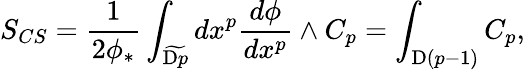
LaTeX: S_{CS}=\frac{1}{2\phi_{*}}\int_{\widetilde{\mathrm{D}p}}dx^{p}\frac{d\phi}{dx^{p}}\wedge C_{p}=\int_{\mathrm{D}(p-1)}C_{p},